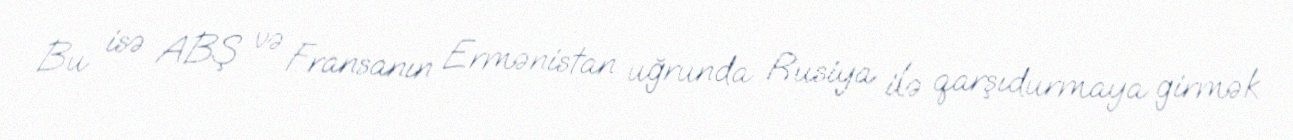
Bu isə ABŞ və Fransanın Ermənistan uğrunda Rusiya ilə qarşıdurmaya girmək